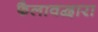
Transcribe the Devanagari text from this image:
फैलावद्वारा